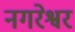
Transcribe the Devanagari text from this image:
नगरेश्वर